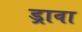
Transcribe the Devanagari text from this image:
ड्रावा